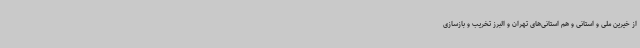
از خیرین ملی و استانی و هم استانی‌های تهران و البرز تخریب و بازسازی